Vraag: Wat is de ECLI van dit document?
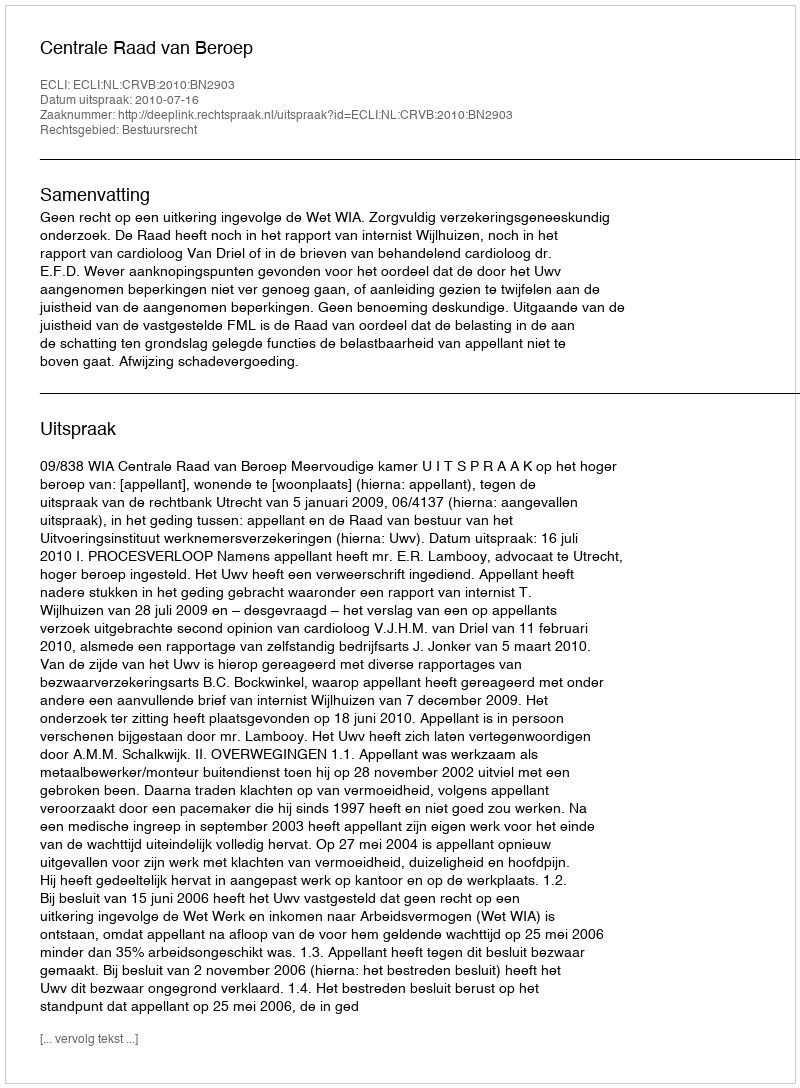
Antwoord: ECLI:NL:CRVB:2010:BN2903